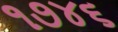
૧૭૪૬